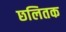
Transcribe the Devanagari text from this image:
छलितक